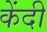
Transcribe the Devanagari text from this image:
केंदी